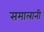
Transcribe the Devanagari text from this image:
समालानी